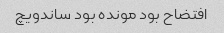
افتضاح بود مونده بود ساندویچ